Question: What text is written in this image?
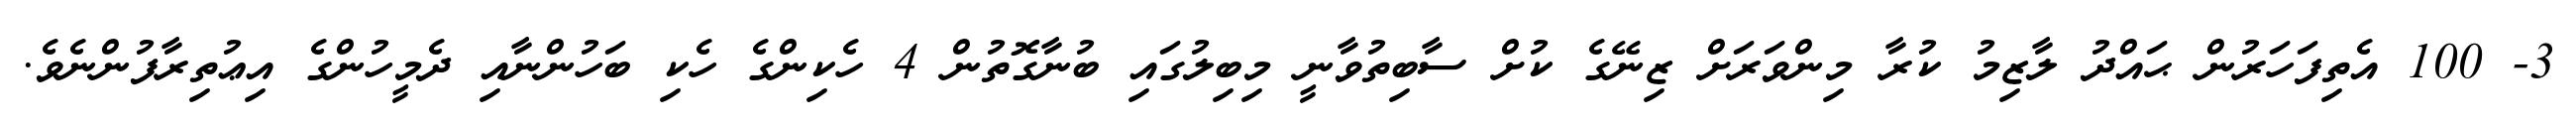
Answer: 3- 100 އެތިފަހަރުން ޙައްދު ލާޒިމު ކުރާ މިންވަރަށް ޒިނޭގެ ކުށް ސާބިތުވާނީ މިބިލުގައި ބުނާގޮތުން 4 ހެކިންގެ ހެކި ބަހުންނާއި ދެމީހުންގެ އިޢުތިރާފުންނެވެ.